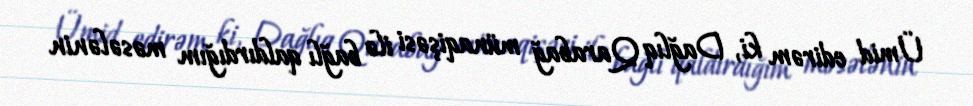
Ümid edirəm ki, Dağlıq Qarabağ münaqişəsi ilə bağlı qaldırdığım məsələnin